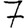
Digit: 7